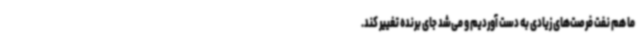
ما هم نفت فرصت‌های زیادی به دست آوردیم و می‌شد جای برنده تغییر کند.